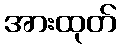
အားထုတ်